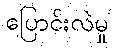
ပြောင်းလဲမှု